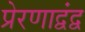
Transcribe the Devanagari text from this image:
प्रेरणाद्वंद्व